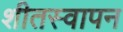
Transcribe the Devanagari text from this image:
शीतस्वापन